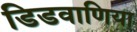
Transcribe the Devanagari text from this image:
डिडवाणिया